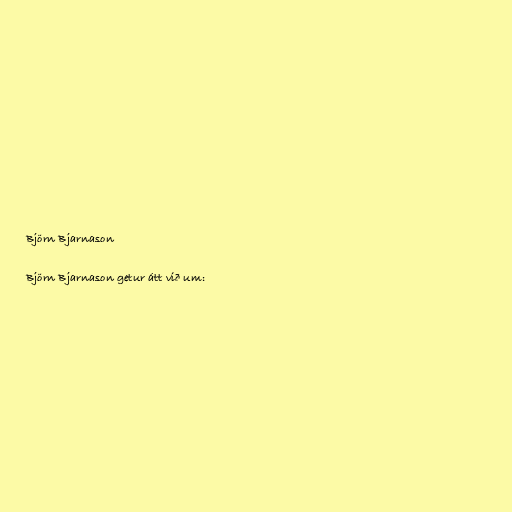
Björn Bjarnason

Björn Bjarnason getur átt við um: